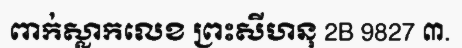
ពាក់ស្លាកលេខ ព្រះសីហនុ 2B 9827 ៣.